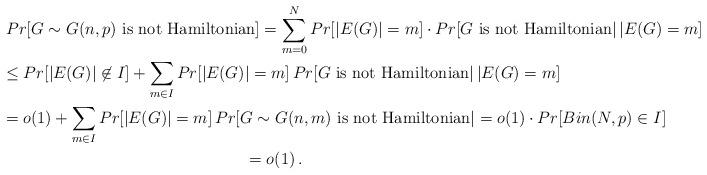
LaTeX: \begin{gather*}Pr[G\sim G(n,p)\mbox{ is not Hamiltonian}]=\sum_{m=0}^N Pr[|E(G)|=m]\cdot Pr[G\mbox{ is not Hamiltonian}|\, |E(G)=m]\\\le Pr[|E(G)|\not\in I] +\sum_{m\in I} Pr[|E(G)|=m]\,Pr[G\mbox{ is not Hamiltonian}|\, |E(G)=m]\\= o(1) + \sum_{m\in I} Pr[|E(G)|=m]\,Pr[G\sim G(n,m)\mbox{ is not Hamiltonian}|=o(1)\cdot Pr[ Bin(N,p)\in I]\\=o(1)\,.\end{gather*}